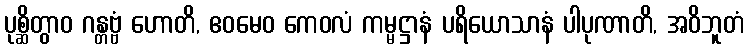
ပုစ္ဆိတွာဝ ဂန္တဗ္ဗံ ဟောတိ, ဧဝမေဝ ကေဝလံ ကမ္မဋ္ဌာနံ ပရိယောသာနံ ပါပုဏာတိ, အဝိဘူတံ